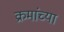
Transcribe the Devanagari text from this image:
क्रमांच्या